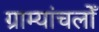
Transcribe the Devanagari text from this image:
ग्राम्यांचलोँ